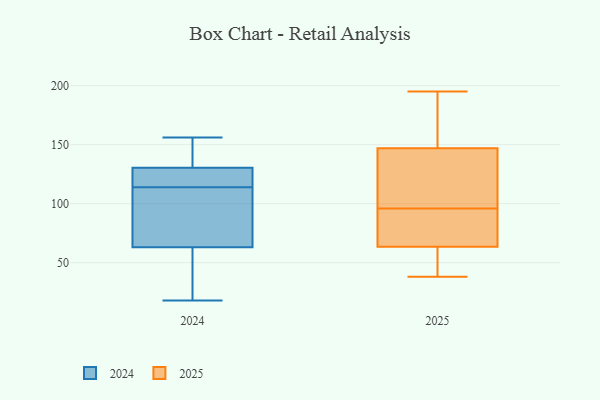
{"axis": {"x": "Latency (ms)", "y": "Value"}, "legend": ["2024", "2025"], "data": [{"x": "", "y": 100, "type": "2025"}, {"x": "", "y": 69, "type": "2025"}, {"x": "", "y": 62, "type": "2025"}, {"x": "", "y": 38, "type": "2025"}, {"x": "", "y": 96, "type": "2025"}, {"x": "", "y": 44, "type": "2025"}, {"x": "", "y": 170, "type": "2025"}, {"x": "", "y": 129, "type": "2025"}, {"x": "", "y": 195, "type": "2025"}, {"x": "", "y": 153, "type": "2025"}, {"x": "", "y": 68, "type": "2025"}, {"x": "", "y": 99, "type": "2024"}, {"x": "", "y": 18, "type": "2024"}, {"x": "", "y": 131, "type": "2024"}, {"x": "", "y": 110, "type": "2024"}, {"x": "", "y": 28, "type": "2024"}, {"x": "", "y": 114, "type": "2024"}, {"x": "", "y": 51, "type": "2024"}, {"x": "", "y": 140, "type": "2024"}, {"x": "", "y": 129, "type": "2024"}, {"x": "", "y": 124, "type": "2024"}, {"x": "", "y": 156, "type": "2024"}]}